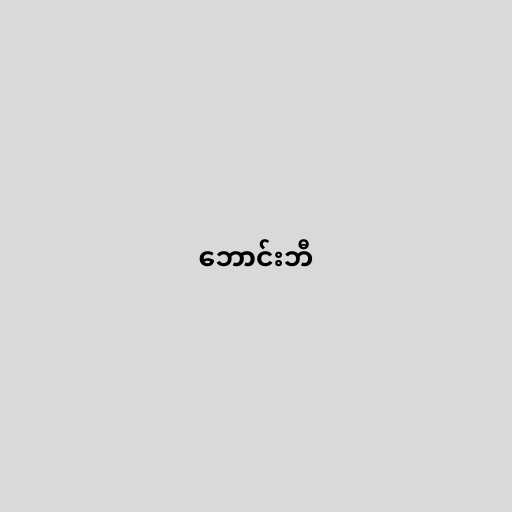
ဘောင်းဘီ